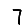
Digit: 7